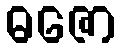
ဓဇော